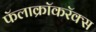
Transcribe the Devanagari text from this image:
फॅलाक्रॉकरॅक्स